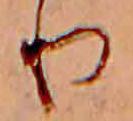
り